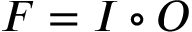
F = I \circ O